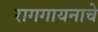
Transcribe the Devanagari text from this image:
रागगायनाचे